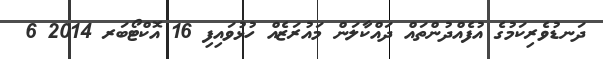
ދަނޑުވެރިކަމުގެ އުފެއްދުންތައް ދައްކާލަން މައުރަޒެއް ހުޅުވައިފި 16 އޮކްޓޯބަރ 2014 6